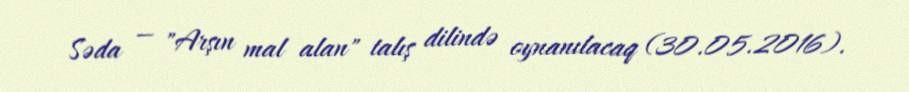
Səda — "Arşın mal alan" talış dilində oynanılacaq (30.05.2016).